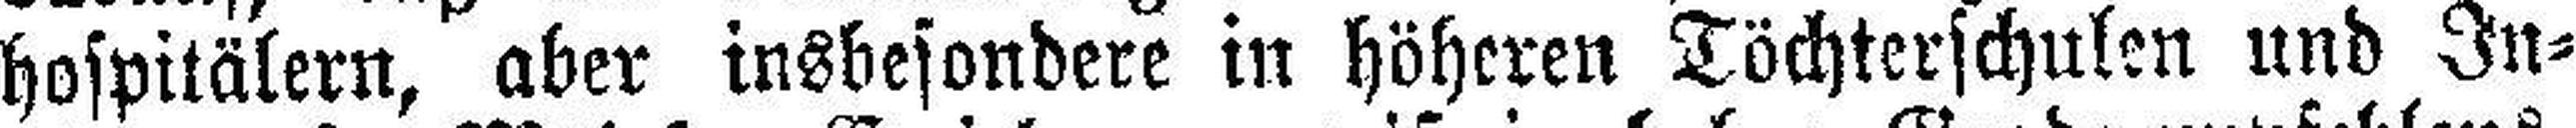
hospitälern, aber insbesondere in höheren Töchterschulen und In¬